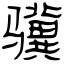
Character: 骥